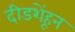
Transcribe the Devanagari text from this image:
दीडशेंहून